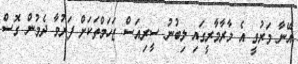
އޭނާ މަރުވީ އެ މާރާމާރީގައި ލިބުނު ސީރިއަސް ޒަހަމްތަކަށް ފަރުވާ ދެމުން ގޮސް